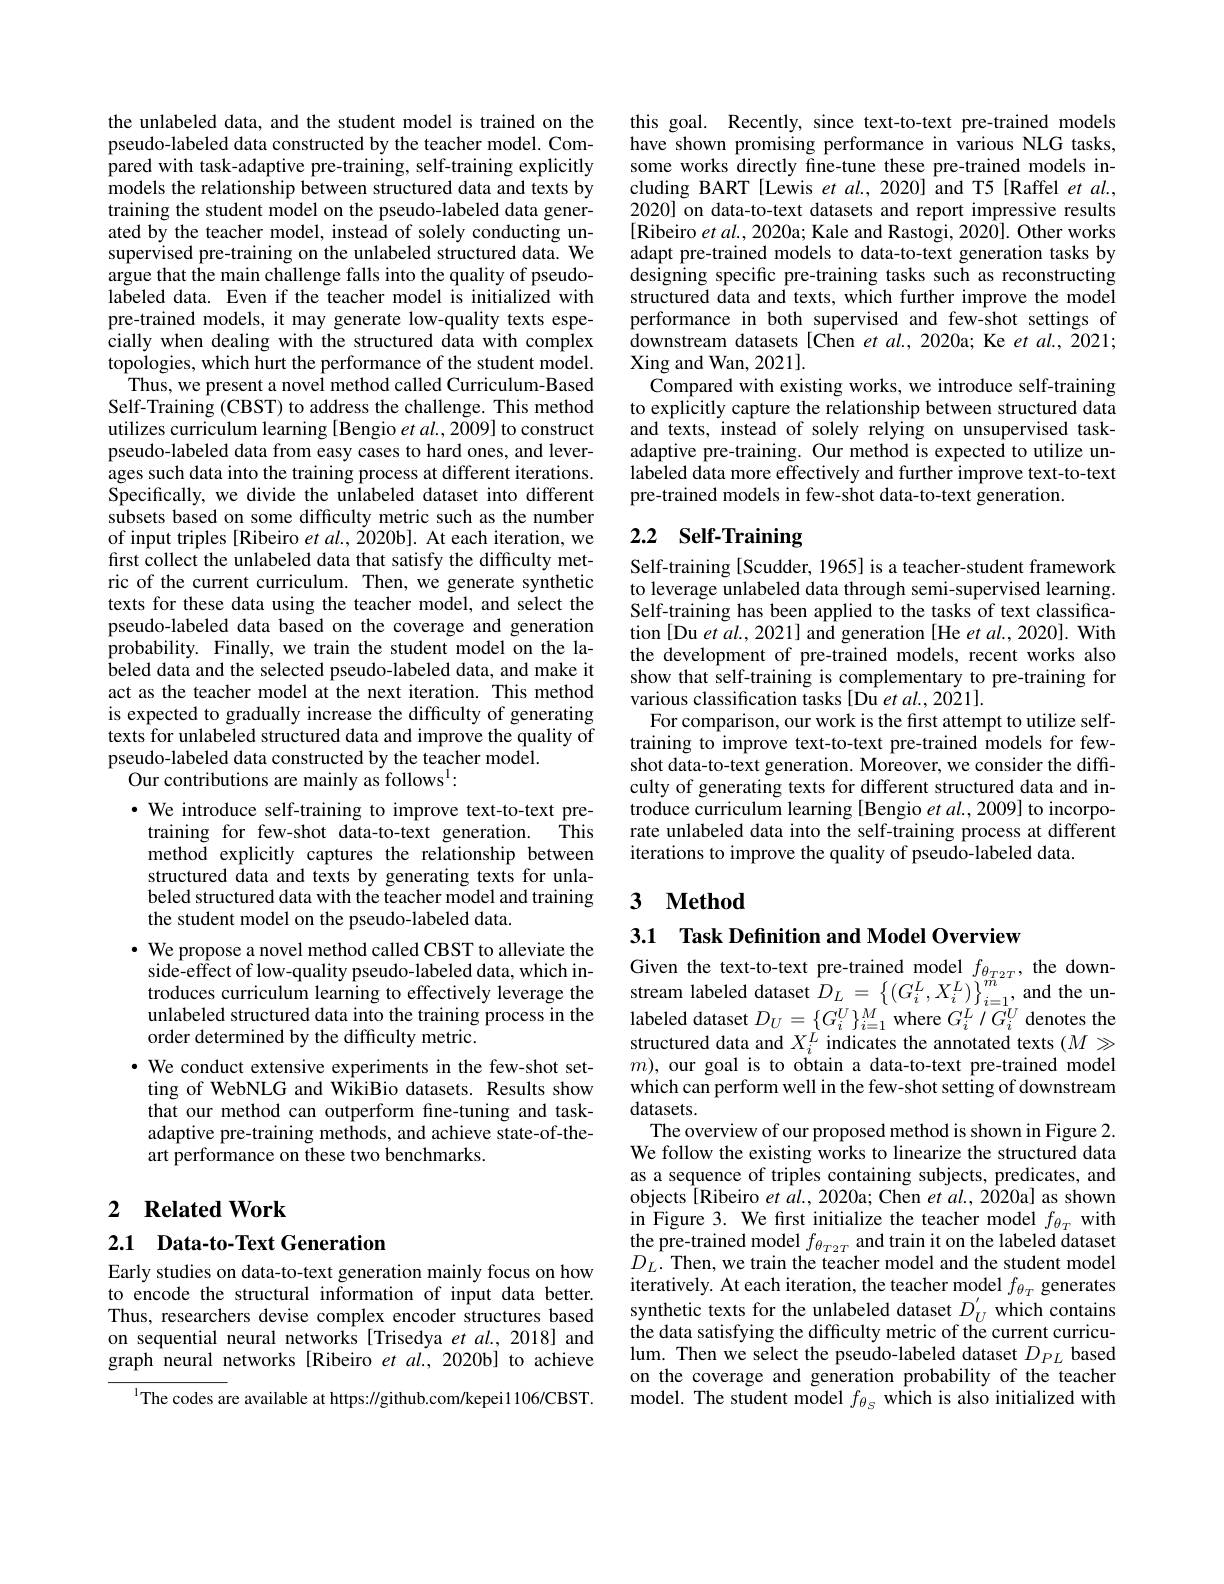
the unlabeled data, and the student model is trained on the pseudo-labeled data constructed by the teacher model. Compared with task-adaptive pre-training, self-training explicitly $\hat{\text{models the relationship between structured data and texts by}}$ training the student model on the pseudo-labeled data generated by the teacher model, instead of solely conducting unsupervised pre-training on the unlabeled structured data. We argue that the main challenge falls into the quality of pseudolabeled data. Even if the teacher model is initialized with pre-trained models, it may generate low-quality texts especially when dealing with the structured data with complex topologies, which hurt the performance of the student model. Thus, we present a novel method called Curriculum-Based Self-Training (CBST) to address the challenge. This method utilizes curriculum learning [Bengio $et\textit{al. , 2009] to construct}$ pseudo-labeled data from easy cases to hard ones, and leverages such data into the training process at different iterations. Specifically, we divide the unlabeled dataset into different subsets based on some difficulty metric such as the number of input triples [Ribeiro et al., $\dot{2}020$b]. At each iteration, we first collect the unlabeled data that satisfy the difficulty metric of the current curriculum. Then, we generate synthetic texts for these data using the teacher model, and select the pseudo-labeled data based on the coverage and generation probability. Finally, we train the student model on the labeled data and the selected pseudo-labeled data, and make it act as the teacher model at the next iteration. This method is expected to gradually increase the difficulty of generating texts for unlabeled structured data and improve the quality of pseudo-labeled data constructed by the teacher model.
Our contributions are mainly as follows$^{\mathrm{l}}:$

·We introduce self-training to improve text-to-text pre-
This
training for few-shot data-to-text generation.
method explicitly captures the relationship between structured data and texts by generating texts for unlabeled structured data with the teacher model and training the student model on the pseudo-labeled data.
· We propose a novel method called CBST to alleviate the
side-effect of low-quality pseudo-labeled data, which in- Given the text-to-text pre-trained model $f_{\theta_{T2T}}$, the downtroduces curriculum learning to effectively leverage the stream labeled dataset $D_L=\left\{(G_i^L,X_i^L)\}_{i=1}^m,\text{and the un-}\right\}$
unlabeled structured data into the training process in the
order determined by the difficulty metric.
·We conduct extensive experiments in the few-shot set-
ting of WebNLG and WikiBio datasets. Results show that our method can outperform fine-tuning and taskadaptive pre-training methods, and achieve state-of-theart performance on these two benchmarks.

## 2 $\textbf{Related Work}$

2.1 Data-to-Text Generation

Early studies on data-to-text generation mainly focus on how to encode the structural information of input data better. Thus, researchers devise complex encoder structures based on sequential neural networks [Trisedya $et$ al.,2018] and graph neural networks [Ribeiro et al., 2020b] to achieve

$^{1}$The codes are available at https://github.com/kepei1106/CBST.

this goal. Recently, since text-to-text pre-trained models have shown promising performance in various NLG tasks, some works directly fine-tune these pre-trained models including BART [Lewis et al., 2020] and T5 [Raffel et al., 2020] on data-to-text datasets and report impressive results [Ribeiro $etal.,2020$a; Kale and Rastogi, 2020]. Other works adapt pre-trained models to data-to-text generation tasks by designing specific pre-training tasks such as reconstructing structured data and texts, which further improve the model performance in both supervised and few-shot settings of $\hat{\text{downstream datasets[Chen et al.,2020a;Ke et al., Z021;}}$ Xing and Wan, 2021].
Compared with existing works, we introduce self-training to explicitly capture the relationship between structured data and texts, instead of solely relying on unsupervised taskadaptive pre-training. Our method is expected to utilize unlabeled data more effectively and further improve text-to-text pre-trained models in few-shot data-to-text generation.

# 2.2 Self-Training

Self-training [Scudder, 1965] is a teacher-student framework to leverage unlabeled data through semi-supervised learning. Self-training has been applied to the tasks of text classification [Du et al., 2021] and generation [He et al., 2020]. With the development of pre-trained models, recent works also show that self-training is complementary to pre-training for various classification tasks [Du et al., 2021].
For comparison, our work is the first attempt to utilize selftraining to improve text-to-text pre-trained models for fewshot data-to-text generation. Moreover, we consider the difficulty of generating texts for different structured data and introduce curriculum learning [Bengio $et\textit{al. , 2009] to incorpo- }$ rate unlabeled data into the self-training process at different iterations to improve the quality of pseudo-labeled data.

## 3 $\mathbf{Method}$

3.1 Task Definition and Model Overview

labeled dataset $D_U=\{G_i^U\}_{i=1}^M$ where $G_i^L/G_i^U$ denotes the structured data and $X_i^L$ indicates the annotated texts $(M\gg$ $m)$, our goal is to obtain a data-to-text pre-trained model which can perform well in the few-shot setting of downstream datasets.
The overview of our proposed method is shown in Figure 2. We follow the existing works to linearize the structured data as a sequence of triples containing subjects, predicates, and objects[Ribeiro et al., 2020a; Chen et al., 2020a] as shown in Figure 3. We first initialize the teacher model $f_{\theta_T}$ with the pre-trained model $f_{\theta_{T2T}}$ and train it on the labeled dataset $D_{L}.$ Then, we train the teacher model and the student model iteratively. At each iteration, the teacher model $f_{\theta_T}$ generates synthetic texts for the unlabeled dataset $D_U^{\prime}$ which contains the data satisfying the difficulty metric of the current curriculum. Then we select the pseudo-labeled dataset $D_{PL}$ based on the coverage and generation probability of the teacher model. The student model $f_{\theta_{S}}$ which is also initialized with